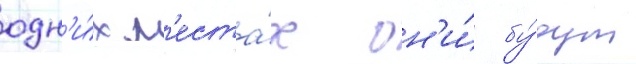
одн'и́х м'еста́х он'и́ бу́дут